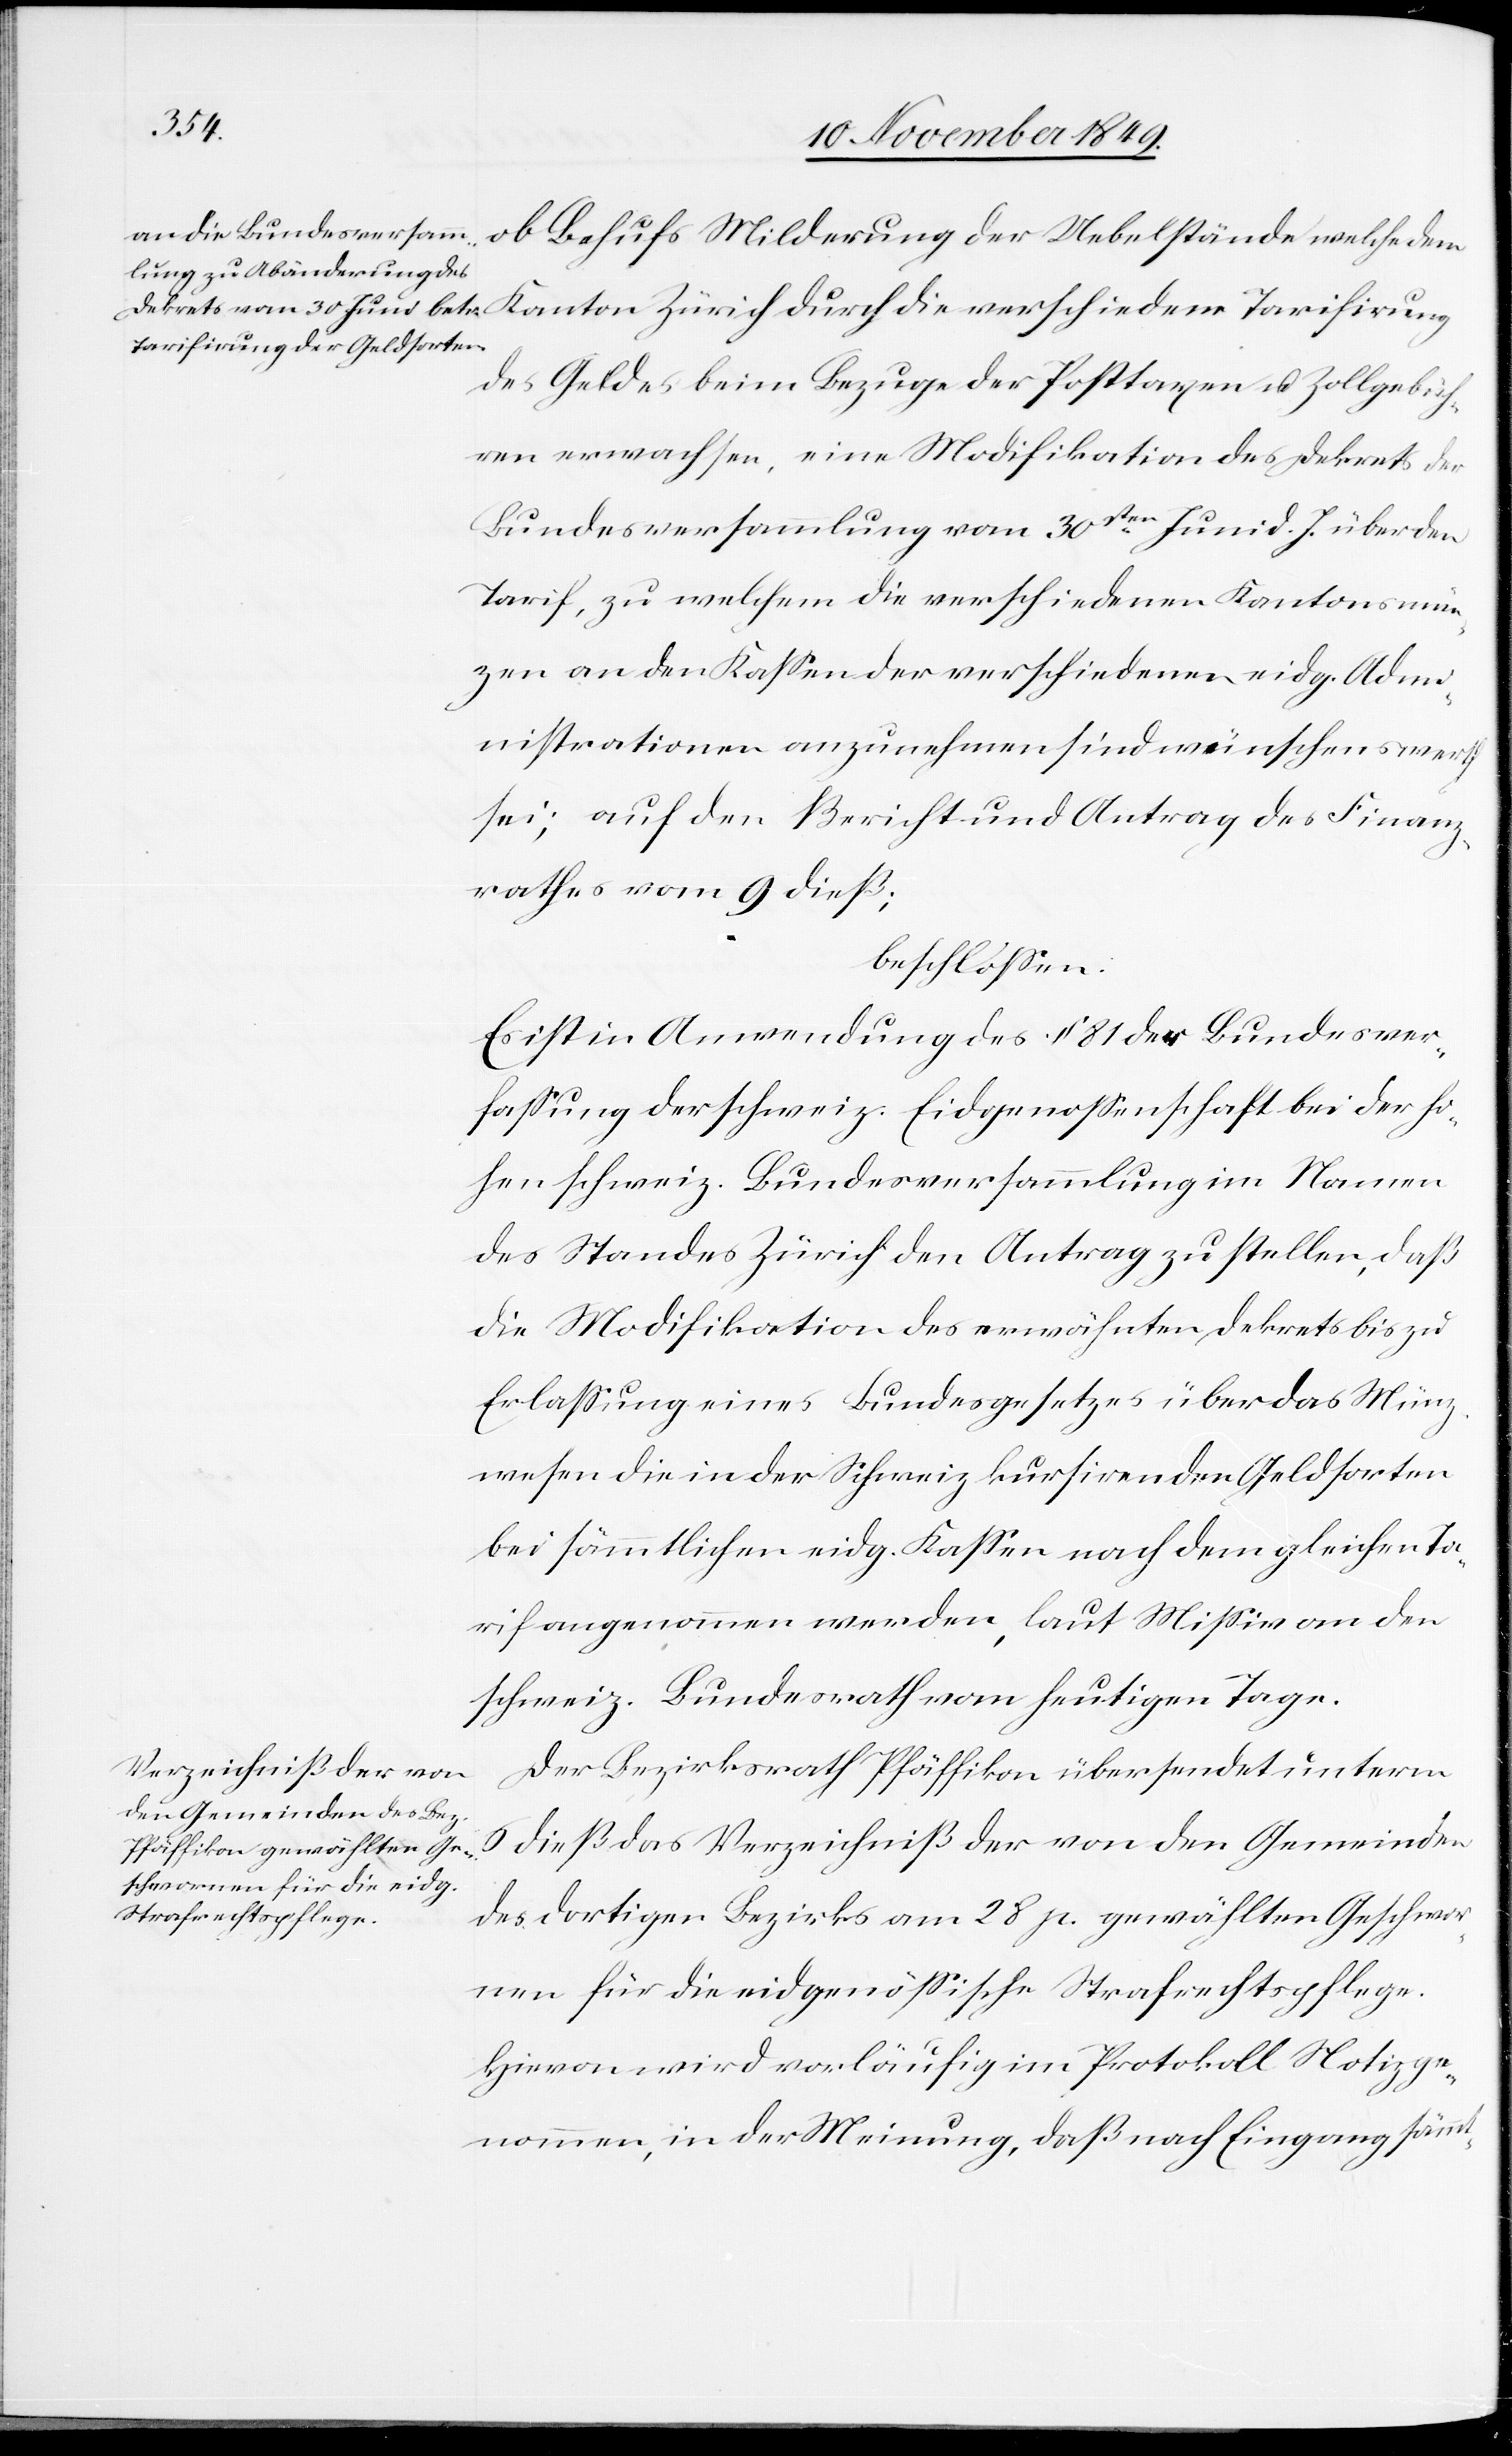
Uebelstände welche dem Kanton Zürich durch die verschiedene Tarifirung
des Geldes beim Bezuge der Posttaxen u. Zollgebüh¬
ren erwachsen, eine Modifikation des Dekrets der
Bundesversammlung vom 30sten Juni d. J. über den
Tarif, zu welchem die verschiedenen Kantonsmün¬
zen an den Kaßen der verschiedenen eidg. Adm¬
inistrationen anzunehmen sind wünschenswerth
sei; auf den Bericht und Antrag des Finanz¬
rathes vom 9 dieß;
beschloßen:
Es ist in Anwendung des § 81 der Bundesver¬
faßung der schweiz. Eidgenossenschaft bei der ho¬
hen schweiz. Bundesversammlung im Namen
des Standes Zürich den Antrag zuzustellen, daß
die Modifikation des erwähnten Dekrets bis zu
Erlaßung eines Bundesgesetzes über das Münz¬
wesen die in der Schweiz kursirenden Geldsorten
bei sämmtlichen eidg. Kaßen nach dem gleichen Ta¬
rif angenommen werden, laut Mißiv an den
schweiz. Bundesrath vom heutigen Tage.
Der Bezirksrath Pfäffikon übersendet unterm
6 dieß das Verzeichniß der von den Gemeinden
des dortigen Bezirks am 28 p. gewählten Geschwore¬
nen für die eidgenößische Strafrechtspflege.
Hievon wird vorläufig im Protokoll Notiz ge¬
nommen, in der Meinung, daß nach Eingang sämmt-